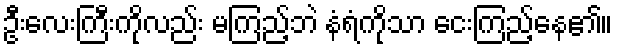
ဦးလေးကြီးကိုလည်း မကြည့်ဘဲ နံရံကိုသာ ငေးကြည့်နေ၏။